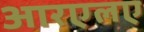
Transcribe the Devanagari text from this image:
आरएलए